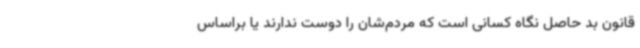
قانون بد حاصل نگاه کسانی است که مردم‌شان را دوست ندارند یا براساس